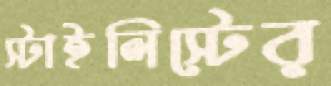
স্টাইলিস্টের